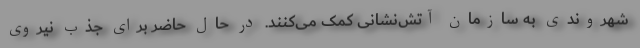
شهروندی به سازمان آتش‌نشانی کمک می‌کنند. در حال حاضر برای جذب نیروی